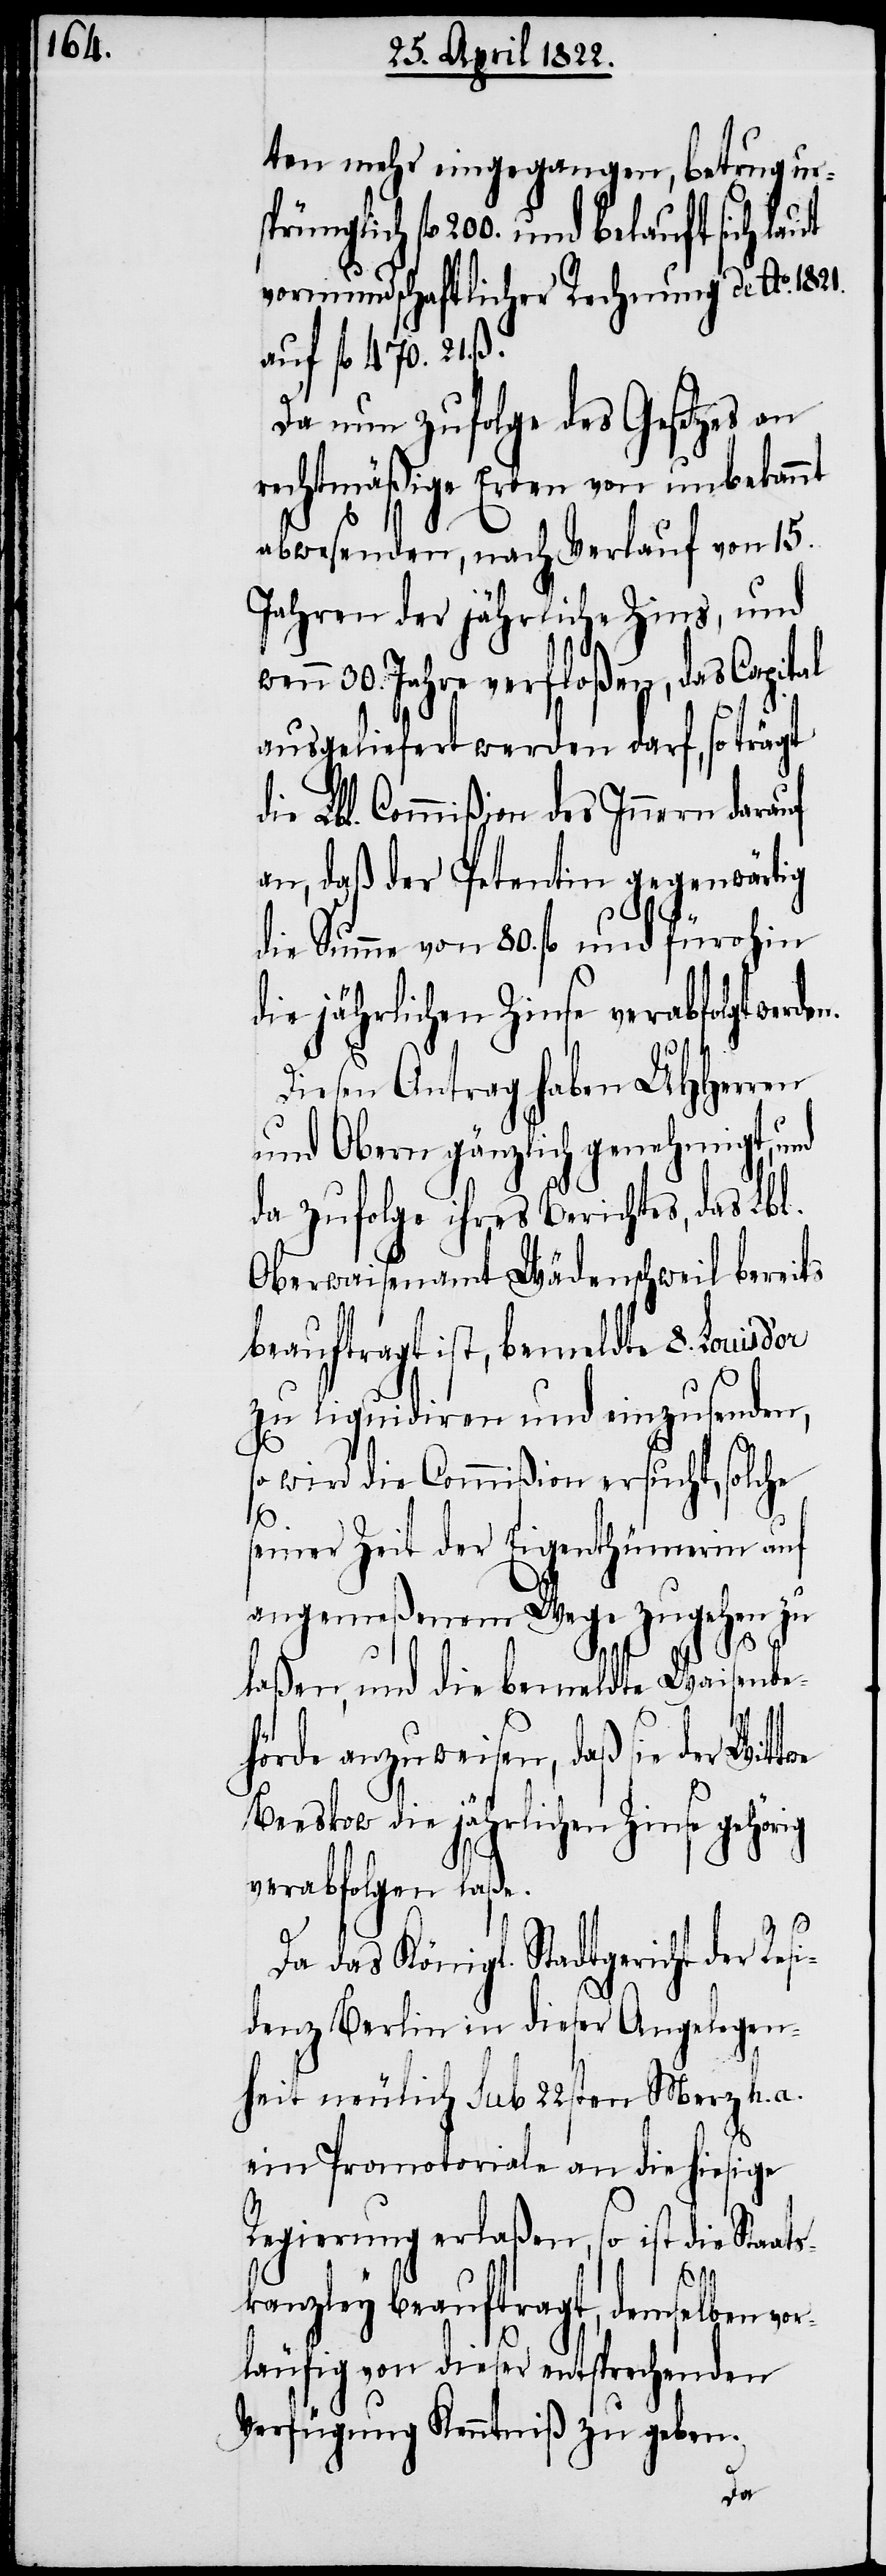
ten mehr eingegangen, betrug urs¬
prünglich fl. 200. und belauft sich
vormundschaftlicher Rechnung de Ao. 1821.
auf fl. 470. 21. ß.
Da nun zufolge des Gesetzes an
rechtmäßige Erben von unbekannt
abwesenden, nach Verlauf von 15.
Jahren der jährliche Zins, und
wenn 30. Jahre verfloßen, das Capital
ausgeliefert werden darf, so trägt
die Lbl. Commißion des Innern darauf
an, daß der Petentin gegenwärtig
die Summ von 80. fl. und fürohin
die jährlichen Zinse verabfolgt werde¬
Diesen Antrag haben UHHerren
und Obern gänzlich genehmigt, und
da zufolge ihres Berichtes, das Lbl.
Oberwaisenamt Wädenschweil bereits
beauftragt ist, bemeldte 8. Louis
zu liquidiren und einzusenden,
so wird die Commißion ersucht, solche
or¬
seiner Zeit der Eigenthümerin auf
angemeßenem Wege zugehen zu
laßen, und die bemeldte Waisenbe¬
n.
hörde anzuweisen, daß sie der Wittwe
Beeskow die jährlichen Zinse gehörig
verabfolgen laße.
Da das Königl. Stadtgericht der Res¬
idenz Berlin in dieser Angelegen¬
heit nämlich sub 22sten Merz h. a.
ein Promotoriale an die hiesige
Regierung erlaßen, so ist die Sta¬
kanzley beauftragt, demselben v¬
läufig von dieser entsprechenden
Verfügung Kenntniß zu geben.